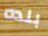
بلده